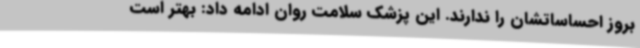
بروز احساساتشان را ندارند. این پزشک سلامت روان ادامه داد: بهتر است